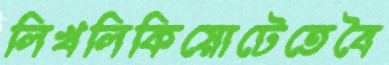
লিখলিকিয়োটেতেবৈ